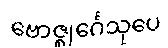
ဗောဇ္ဈင်္ဂေသုပေ